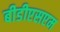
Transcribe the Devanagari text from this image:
बीडीएसएम